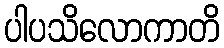
ပါပသိလောကာတိ